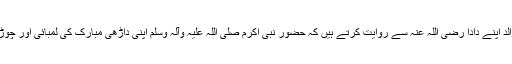
''حضرت عمرو بن شعیب بواسطہ والد اپنے دادا رضی اللہ عنہ سے روایت کرتے ہیں کہ حضور نبی اکرم صلی اللہ علیہ وآلہ وسلم اپنی داڑھی مبارک کی لمبائی اور چوڑائی سے کچھ حصہ ترشواتے تھے۔